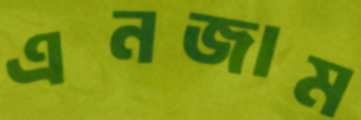
এনজাম